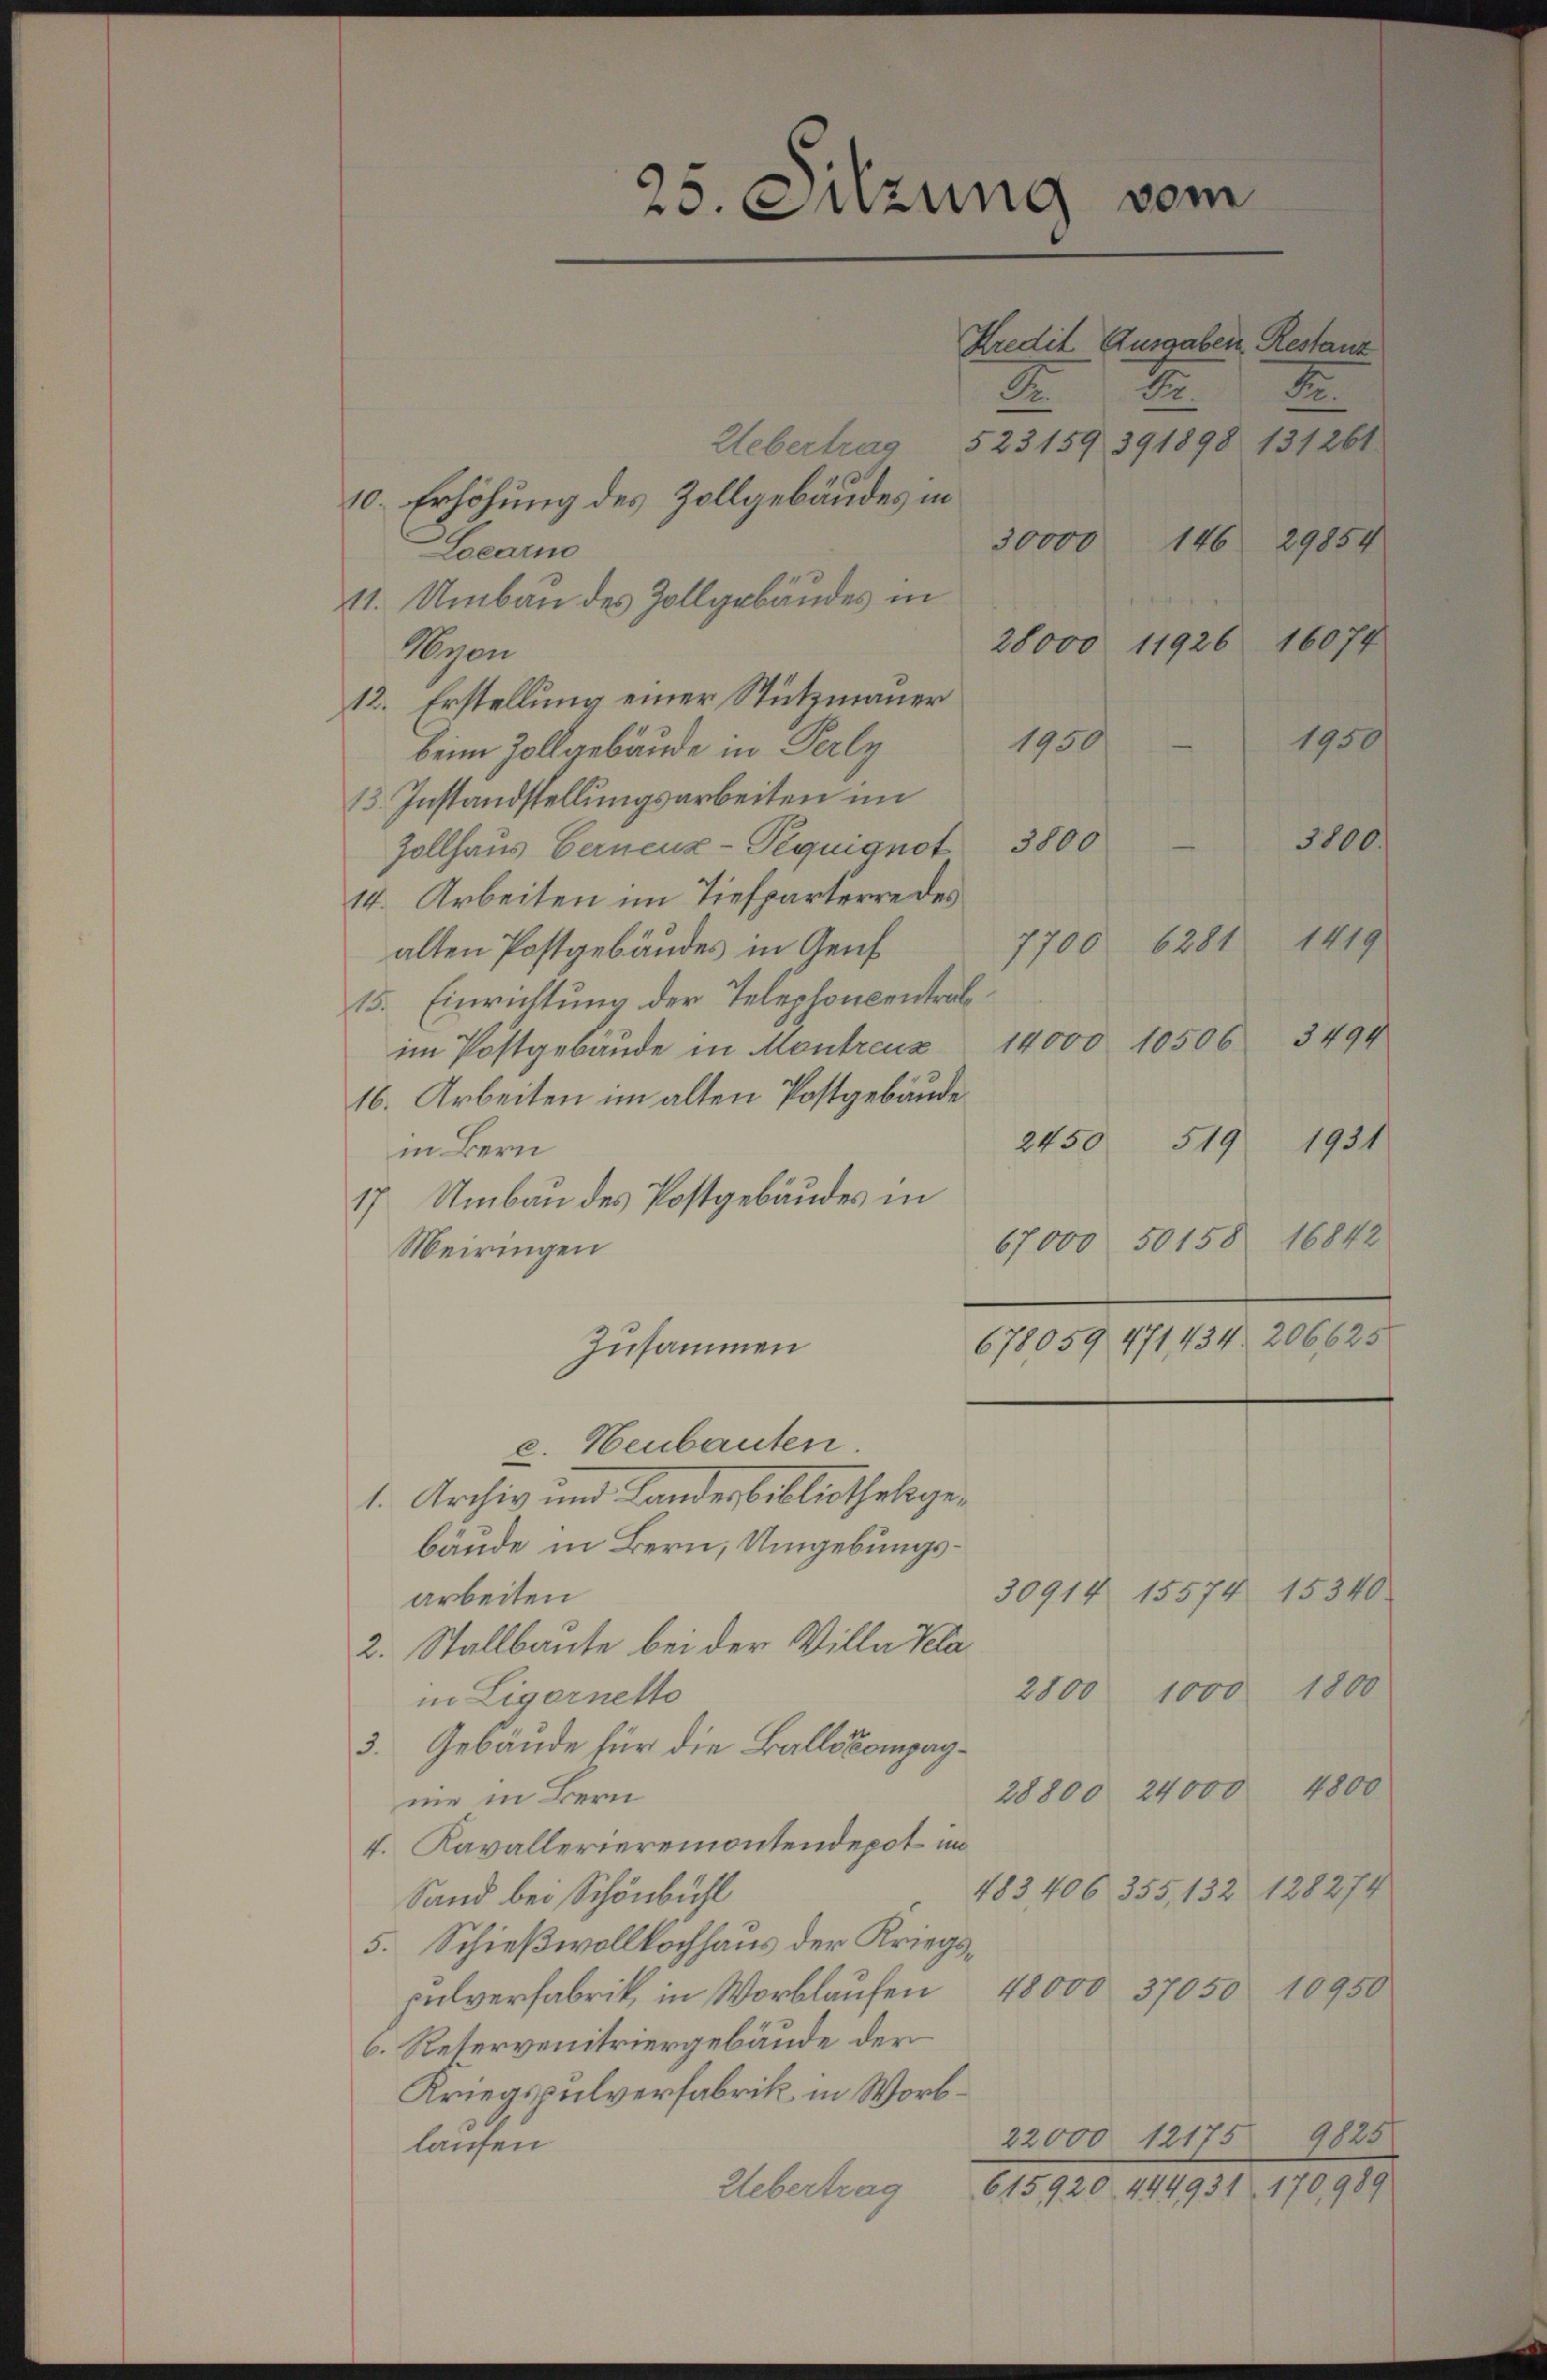
25. Sitzung vom
Kredit Ausgaben, Restanz
t
2.
2
Uebertrag 523159 391898 131261.

10. Erhöhung des Zollgebäudes in
30000 146 29854
Learm
41. Umbau des Zollgebäudes in
11926 16077
28000
Weyon
12. Erstellung einer Stützmauer
1950
1950
beim Zollgebäude in Perly
13. Instandstellungsarbeiten im
Zollhaus Gernenz-Pequignot 3800 - 3800
14. Arbeiten im Tiefparterre des
6281 1419
7700
alten Postgebäudes in Genf
15. Einrichtung der Telephoncentral
im Postgebäŭde in Montreuz 14000. 10506 3494
16. Arbeiten im alten Postgebäude
2450 519 1931
in Bern
17 Umbau des Postgebäudes in
67000 50158 16842
Meiringen
678059 471, 434. 206625
Zusammen
e. Heubauten.
1. Archiv und Lander bibliothekgebäude in Bern, Umgebungs¬
30914 15574. 15340
arbeiten
2. Stallbaute bei der Villa Kela¬
2800 1000 1800
in Ligernetto
3. Gebäude für die Ballskompag¬
28800 24000 4800
me in Bern
4. Kavallerieremontendepot im
483406 355, 132 128274
Sand bei Schönbühl
5. Schießwollkochhaus der Kriegs¬
10950
pulverfabrik, in Wortlaufen 48000 37050
6. Reservenitriergebäude der
Kriegspulverfabrik in Worb¬
22000 12175 9825
laufen
115920. 111. 1. 170119.
Uebertrag